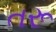
તરૂ